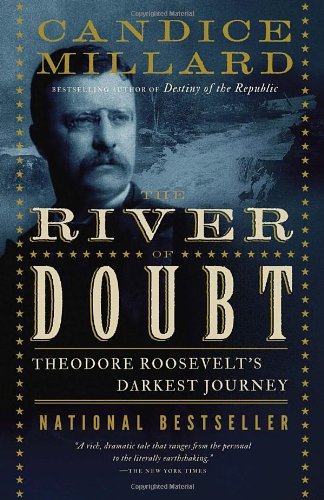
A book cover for The River of Doubt: Theodore Roosevelt's Darkest Journey; Candice Millard; Biographies & Memoirs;